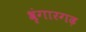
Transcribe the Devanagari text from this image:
श्रृंगारगढ़